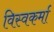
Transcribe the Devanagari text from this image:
विस्वकर्मा